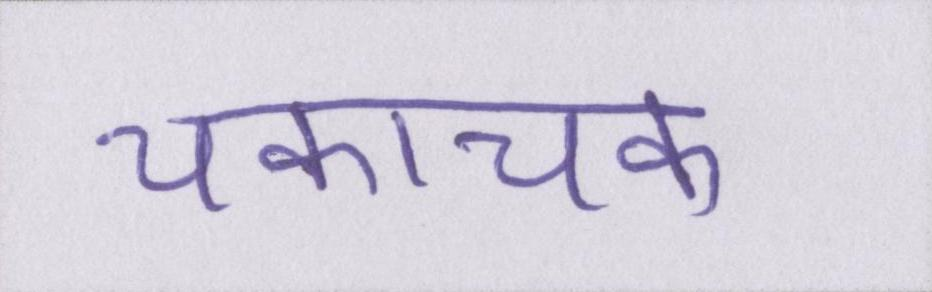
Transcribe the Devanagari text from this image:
चकाचक